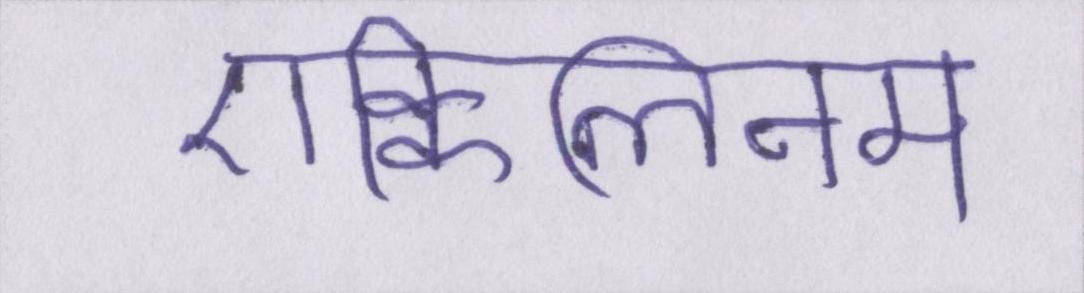
एक्विलिनम